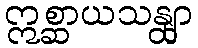
ဣစ္ဆာယသန္တျာ